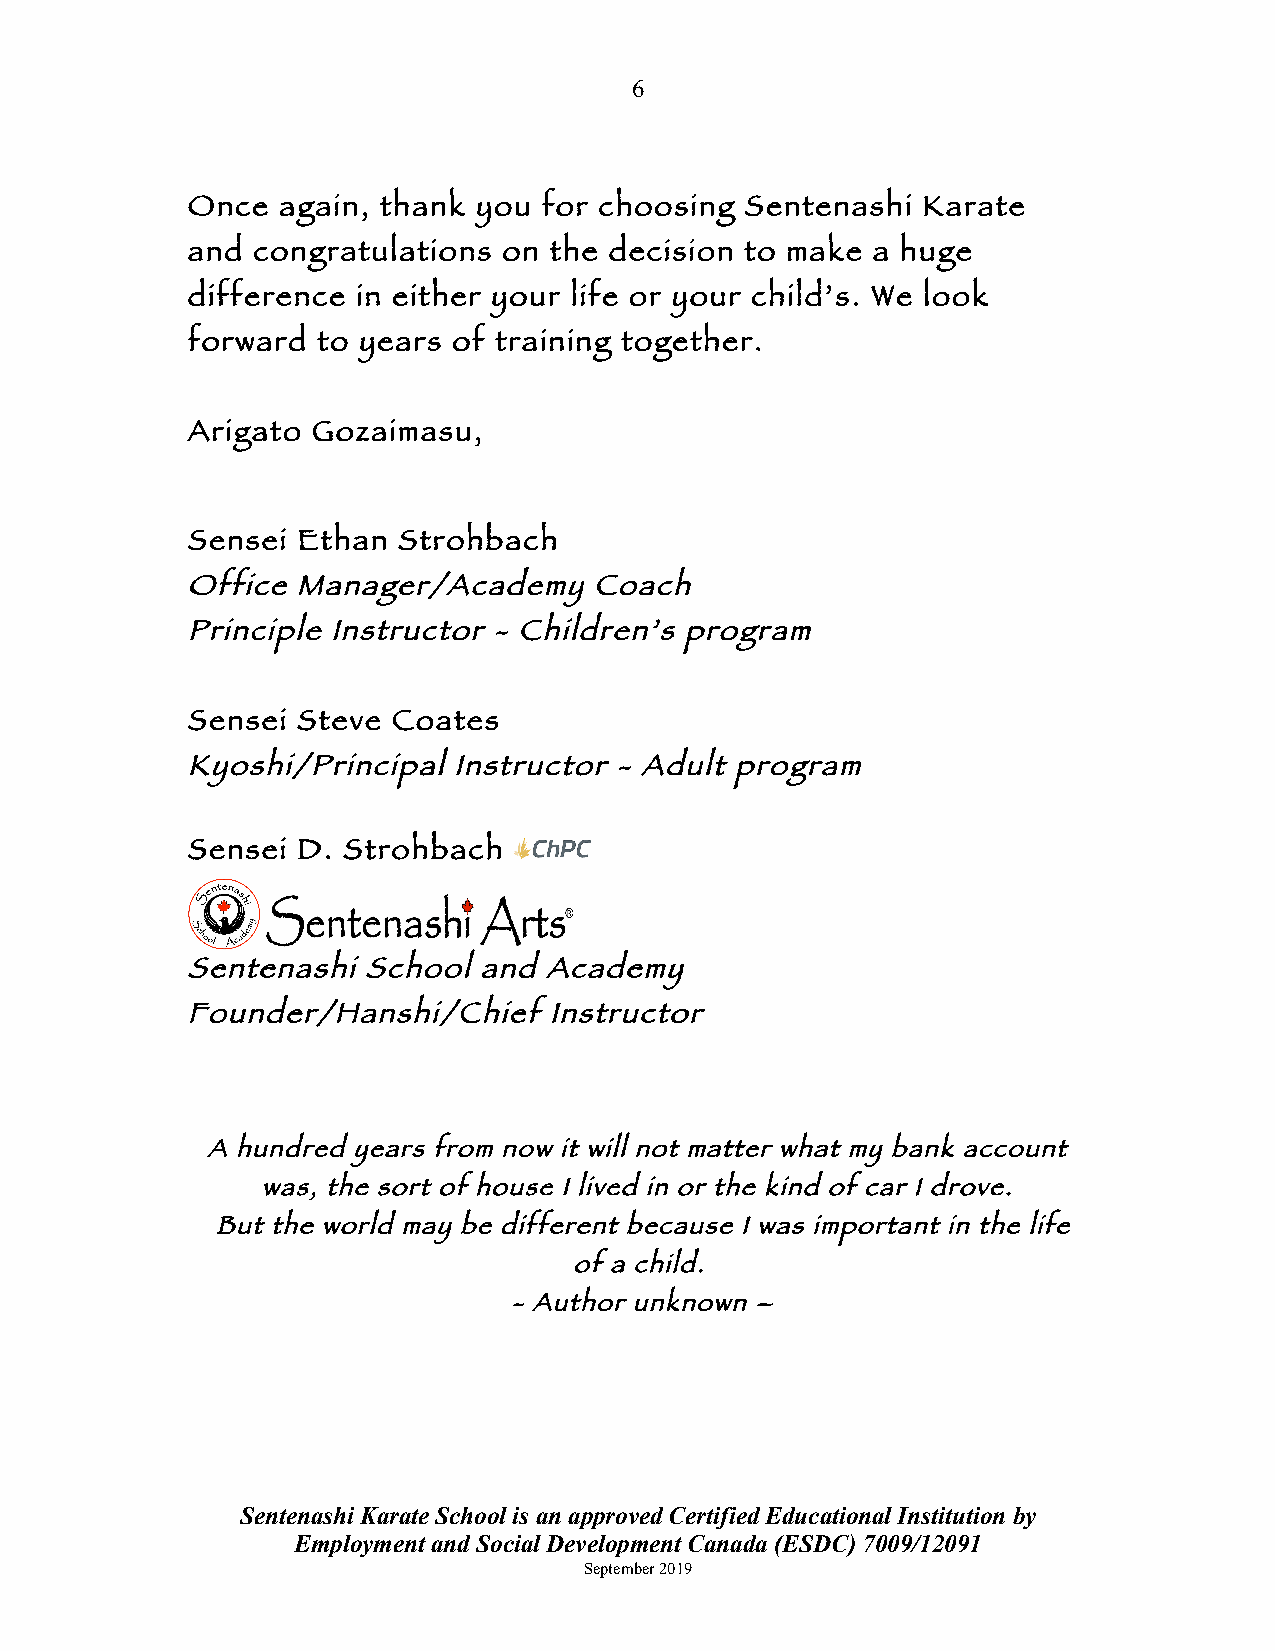
6
 Once  again, thank  you for choosing Sentenashi  Karate
 and  congratulations on the decision to make  a huge
 difference  in either your life or your child’s. We look
 forward  to years of training together.
 Arigato  Gozaimasu,
 Sensei  Ethan Strohbach
 Office Manager/Academy     Coach
 Principle Instructor - Children’s program
 Sensei  Steve Coates
 Kyoshi/Principal  Instructor - Adult program
 Sensei  D. Strohbach
 Sentenashi  School  and Academy
 Founder/Hanshi/Chief    Instructor
 A hundred years from now it will not matter what my bank account
 was, the sort of house I lived in or the kind of car I drove.
 But the world may be different because I was important in the life
 of a child.
 - Author unknown –
 Sentenashi Karate School is an approved Certified Educational Institution by
 Employment and Social Development Canada (ESDC) 7009/12091
 September 2019